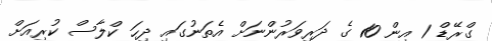
ގްރޭޑް 1 އިން 10 ގެ ދަރިވަރުންނަށް އެތަނުގައި ދިހަ ކްލާސް ކުރިއަށް